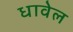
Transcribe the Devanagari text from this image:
धावेल